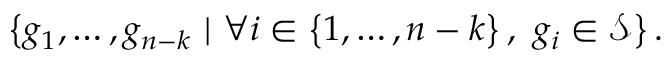
\left\{ g _ { 1 } , \ldots , g _ { n - k } \ | \ \forall i \in \left\{ 1 , \ldots , n - k \right\} , \ g _ { i } \in { \mathcal { S } } \right\} .